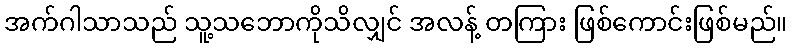
အက်ဂါသာသည် သူ့သဘောကိုသိလျှင် အလန့် တကြား ဖြစ်ကောင်းဖြစ်မည်။